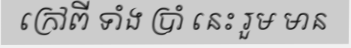
ក្រៅពី ទាំង ប្រាំ នេះ រួម មាន